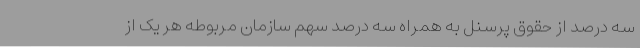
سه درصد از حقوق پرسنل به همراه سه درصد سهم سازمان مربوطه هر یک از